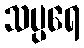
သပ္ပရေ